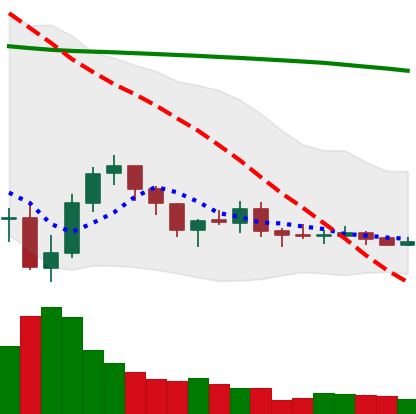
Ticker: XLM-USD
Chart end date: 2019-08-03
Forward return: -6.721%
Label: down_5_7